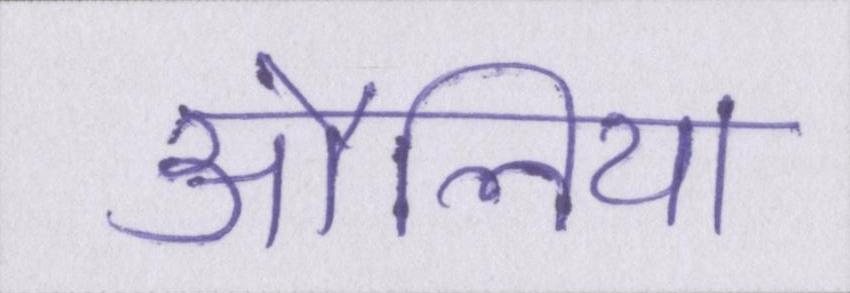
औलिया